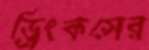
ড্রিংকসের